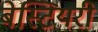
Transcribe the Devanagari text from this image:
बेस्टियरी